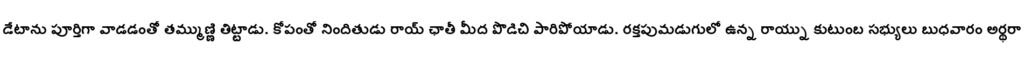
డేటాను పూర్తిగా వాడడంతో తమ్ముణ్ణి తిట్టాడు. కోపంతో నిందితుడు రాయ్ ఛాతీ మీద పొడిచి పారిపోయాడు. రక్తపుమడుగులో ఉన్న రాయ్ను కుటుంబ సభ్యులు బుధవారం అర్థరా